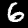
Digit: 6